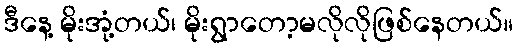
ဒီနေ့ မိုးအုံ့တယ်၊ မိုးရွာတော့မလိုလိုဖြစ်နေတယ်။